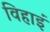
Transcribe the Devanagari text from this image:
विहाइं